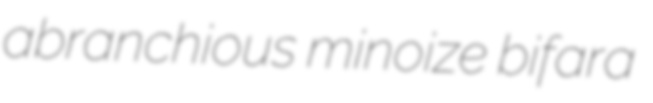
abranchious minoize bifara